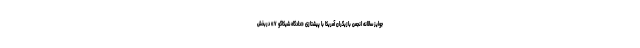
جوایز سالانه انجمن بازیگران آمریکا با پیشتازی «دادگاه شیکاگو ۷» دربخش